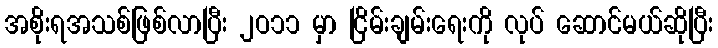
အစိုးရအသစ်ဖြစ်လာပြီး ၂ဝ၁၁ မှာ ငြိမ်းချမ်းရေးကို လုပ် ဆောင်မယ်ဆိုပြီး